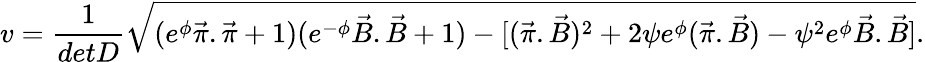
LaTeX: v=\frac{1}{detD}\sqrt{(e^{\phi}\vec{\pi}.\vec{\pi}+1)(e^{-\phi}\vec{B}.\vec{B}+1)-[(\vec{\pi}.\vec{B})^{2}+2\psi e^{\phi}(\vec{\pi}.\vec{B})-\psi^{2}e^{\phi}\vec{B}.\vec{B}]}.